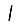
Digit: 1